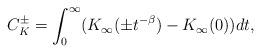
LaTeX: \begin{align*}C^{\pm}_K=\int^{\infty}_0 (K_{\infty}(\pm t^{-\beta})-K_{\infty}(0))dt,\end{align*}